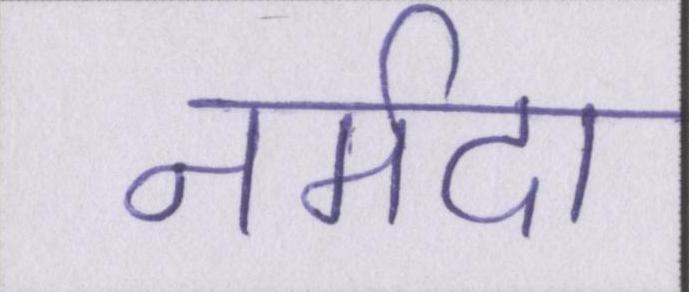
नर्मदा